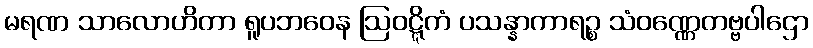
မရဏ သာလောဟိတာ ရူပဘဝေန ဩဝဋ္ဋိကံ ပသန္နာကာရဉ္စ သံဝဏ္ဏေတဗ္ဗပါဌော